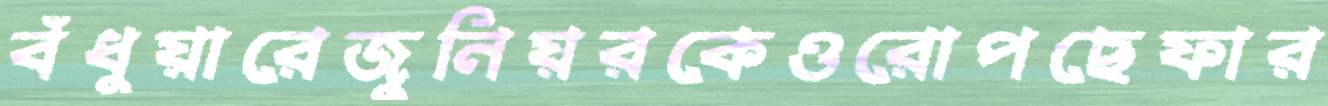
বঁধুয়ারেজুনিয়রকেওরোপছেফার